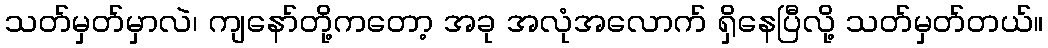
သတ်မှတ်မှာလဲ၊ ကျနော်တို့ကတော့ အခု အလုံအလောက် ရှိနေပြီလို့ သတ်မှတ်တယ်။